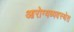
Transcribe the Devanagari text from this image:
आरोग्यव्यवस्थेत